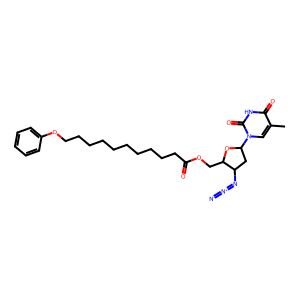
SMILES: Cc1cn(C2CC(N=[N+]=[N-])C(COC(=O)CCCCCCCCCCOc3ccccc3)O2)c(=O)[nH]c1=O
Inhibits HIV replication: Yes